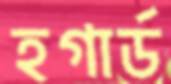
হগার্ড